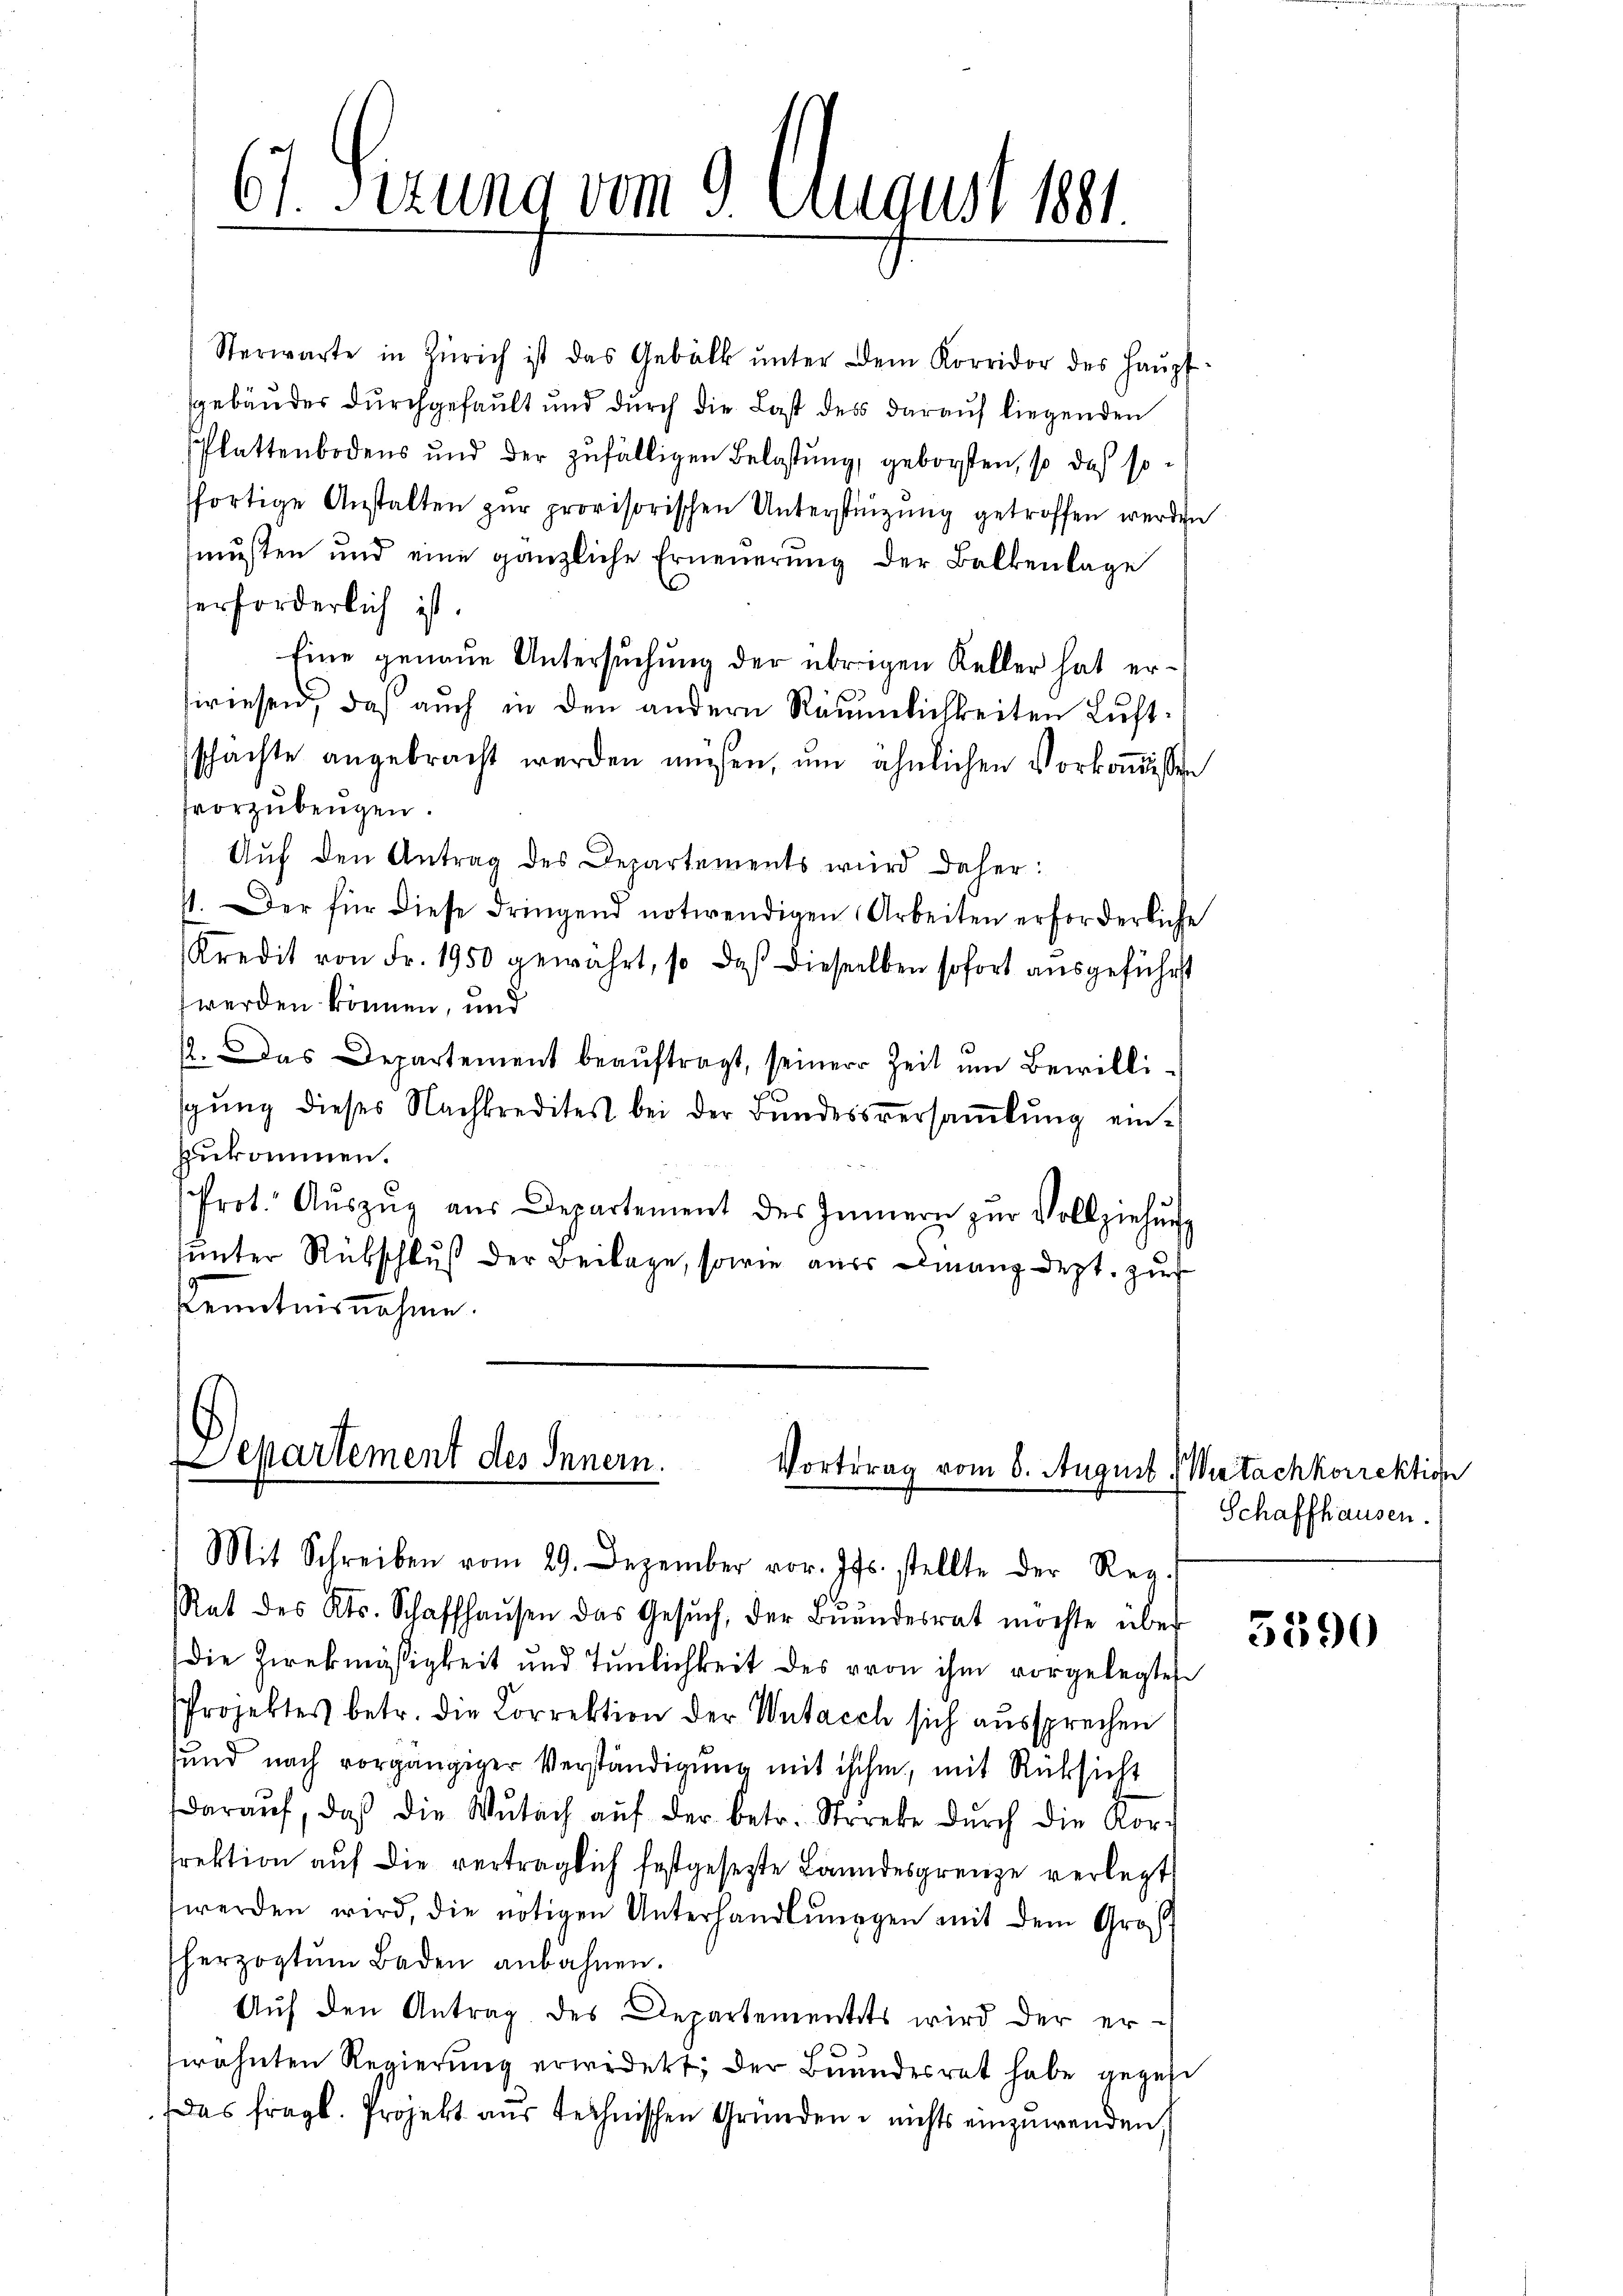
61. Sizung vom 9. August 1891.

Sterwarte in Zürich ist das Gebälk ŭnter dem Korridor des Haŭpt
gebäudes durchgefault und durch die Last des darauf liegenden
splattenbodens und der zŭfälligen Belastŭng, geborsten, so das so-
fortige Anstalten zur provisorischen Unterstüzung getroffen werden
musten und eine gänzliche Erneŭerŭng der Balkenlage
erforderlich ist.
Eine genaue Untersuchung der übrigen Keller hat ersiriesen, daß auch in den andern Räumlichkeiten Luftschachte angebracht werden müßen, um ähnlichen Vorkoṁissi
vorzubeugen.
Aŭf den Antrag des Departements wird daher:
4. Der für diese dringend notwendigen Arbeiten erforderliche
Kredit von Fr. 1950 gewährt, so daß dieselben sofort ausgeführt
werden können, und
2. Das Departement beaŭftragt, seiner Zeit ŭm Bewilli-
sgŭng dieses Nachkredites bei der Bundessversaṁlŭng einzukommen.
Prot. Aŭszŭg aŭs Departement des Innern zŭr Vollziehŭng
unter Rükschluß der Beilage, sowie aus Finanzdept. zur
Kenntnisnahme.

22
Separtement des Innern.
Vortrag vom 8. August
Mit Schreiben vom 29. Dezember vor. Js. stellte der Reg.

Rat des Kts. Schaffhaŭsen das Gesŭch, der Brandesrat möchte über
die Zweckmässigkeit und Tŭnlichkeit des von ihm vorgelegten
Projektes betr. die Correktion der Wutasch sich aussprechen
sund nach vorgängiger Verständigung mit ihm, mit Rücksicht
daraŭf, daß die Wŭtach aŭf der betr. Streke dŭrch die Kor-
srektion auf die verträglich festgesetzte Landesgrenze verlegt
werden wird, die nötigen Unterhandlunggen mit dem Groß
herzogtŭm Baden anbahnen.
Aŭf den Antrag des Departementets wird der er-
wähnten Regierŭng erwidert; der Bundesrat habe gegebe
Das fragt. Projekt aus technischen Gründen nichts einzuwenden

Witachkorrektion
Schaffhausen.

5390